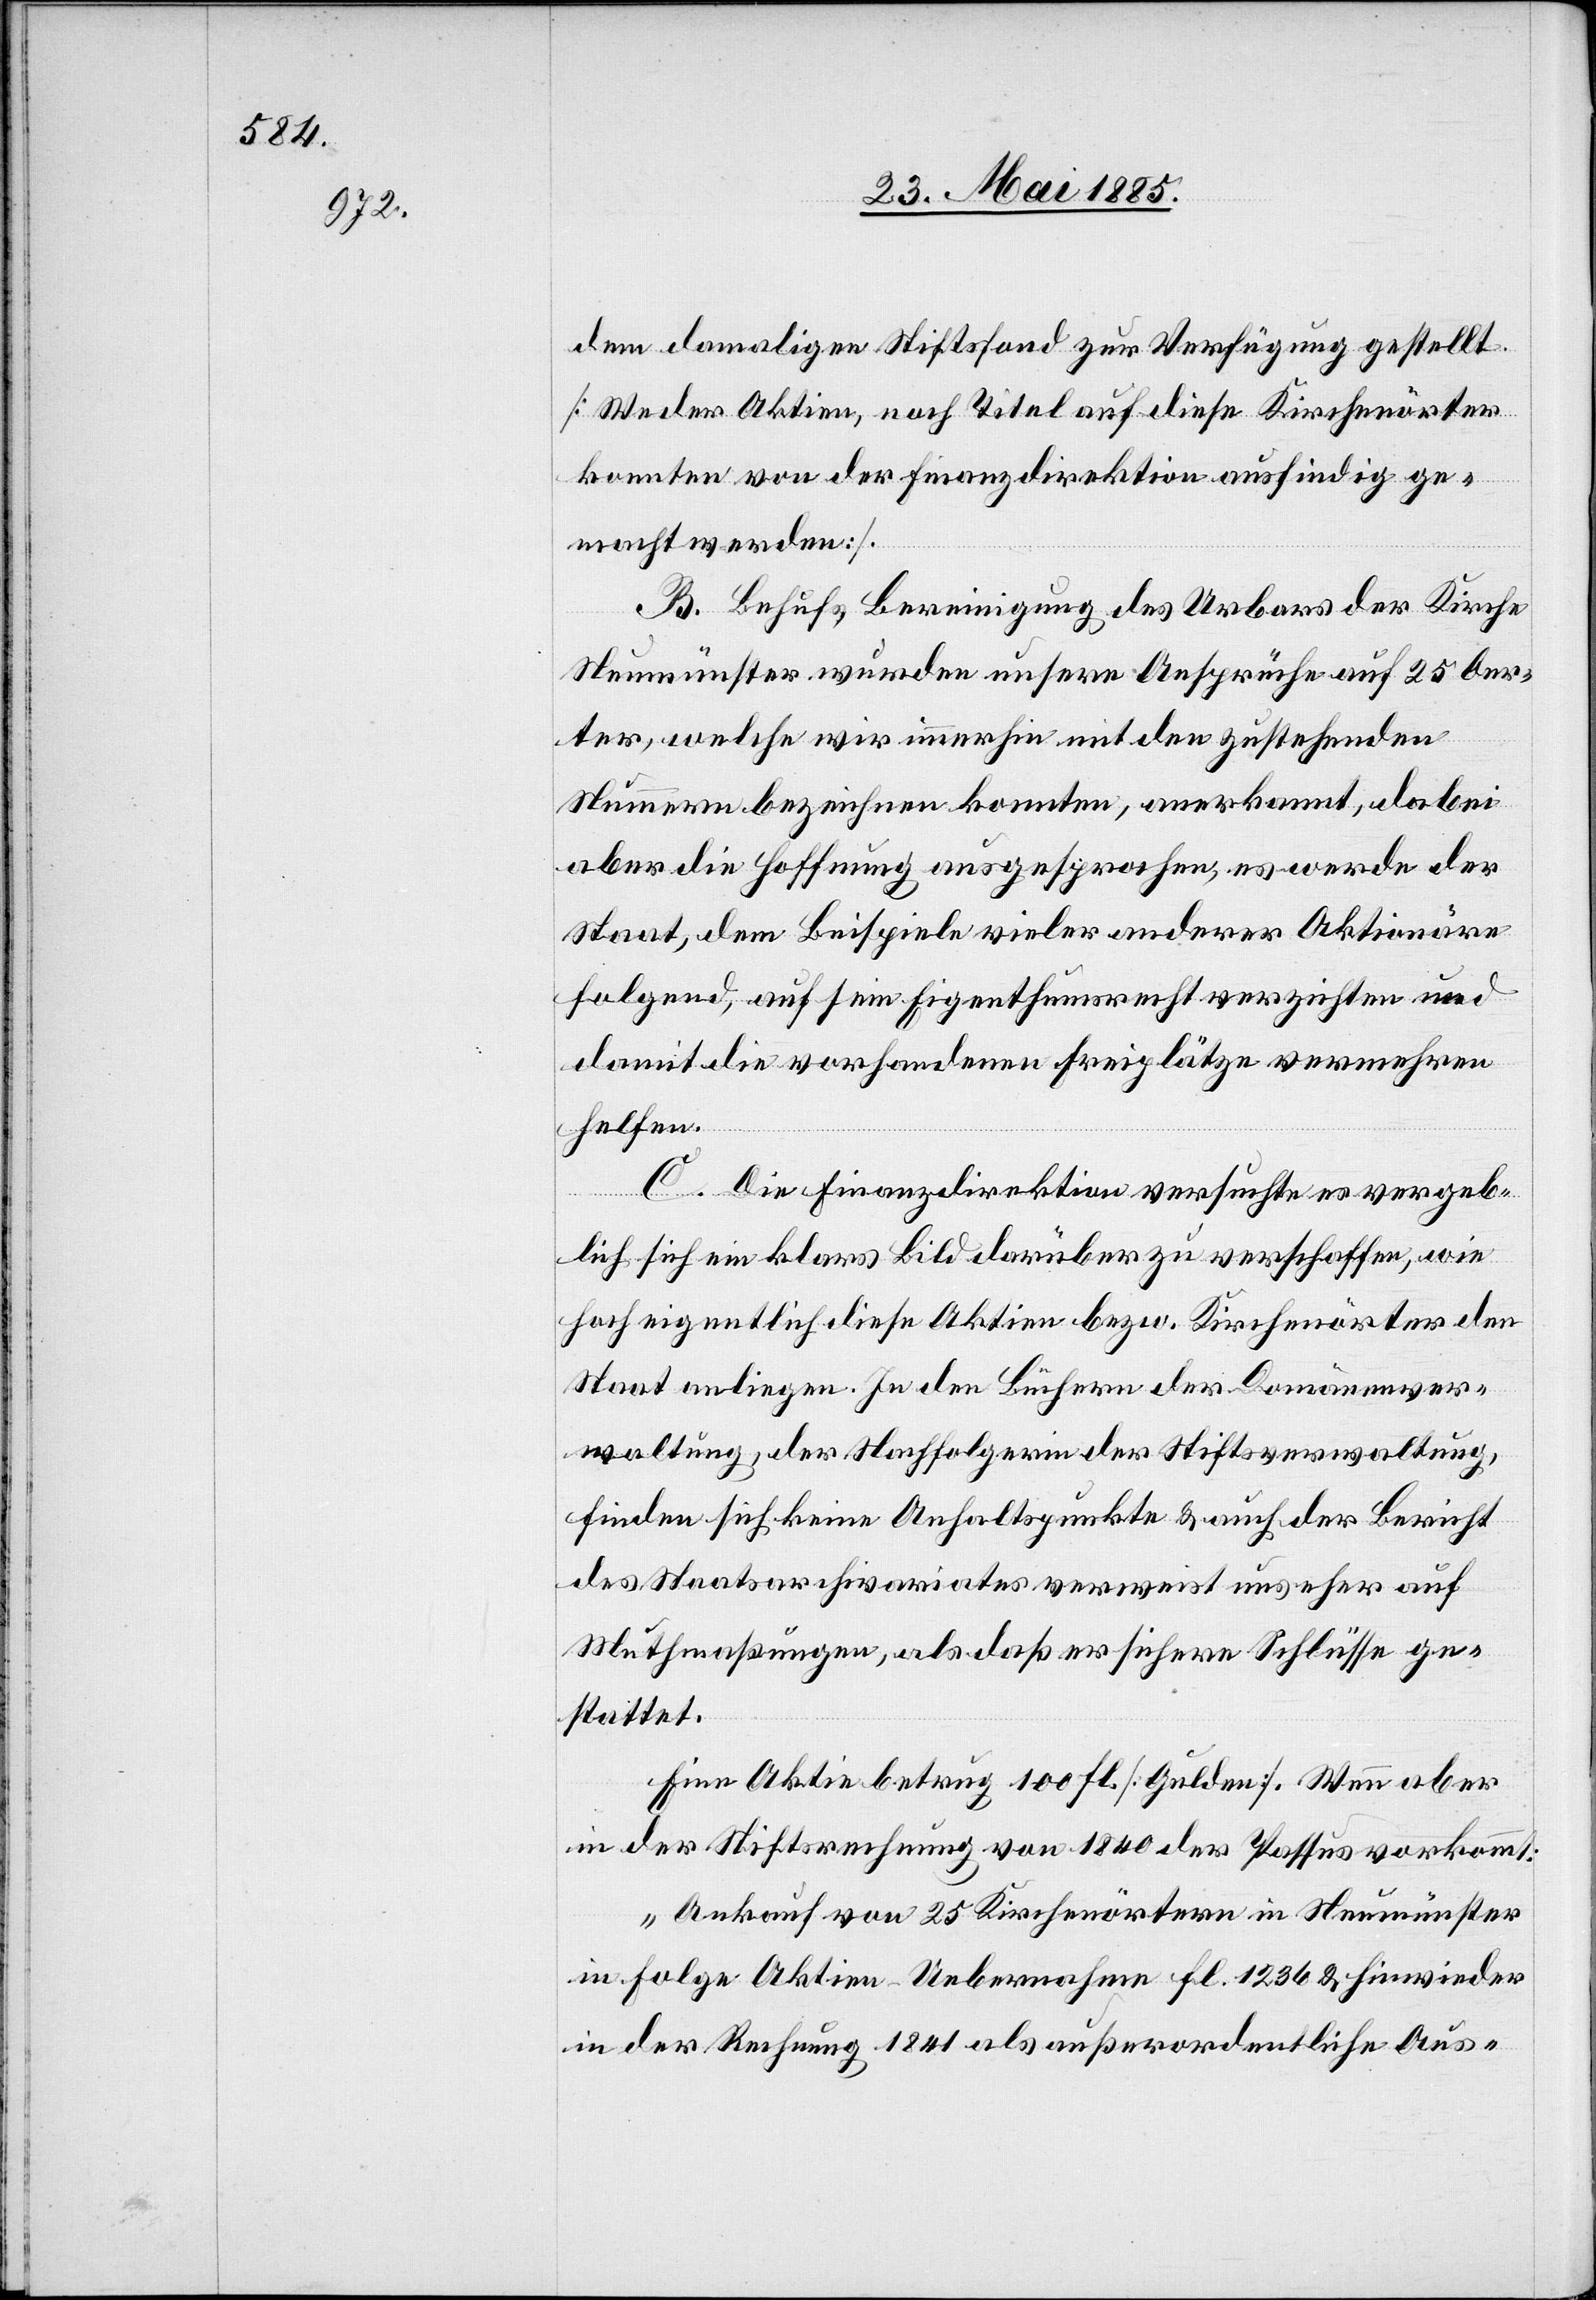
dem damaligen Stiftsfond zur Verfügung gestellt.
[Weder Aktien, noch Titel auf diese Kirchenörter
konnten von der Finanzdirektion ausfindig ge¬
macht werden].
B. Behufs Bereinigung des Urbaus der Kirche
Neumünster wurden unsere Ansprüche auf 25 Oer¬
ter, welche wir immerhin mit den zustehenden
Nummern bezeichnen konnten, anerkannt, dabei
aber die Hoffnung ausgesprochen, es werde der
Staat, dem Beispiele vieler anderer Aktionäre
folgend, auf sein Eigenthumsrecht verzichten und
damit die vorhandenen Freiplätze vermehren
helfen.
D. Die Finanzdirektion versuchte es vergeb¬
lich sich ein klares Bild darüber zu verschaffen, wie
hoch eigentlich diese Aktien bezw. Kirchenörter den
Staat anliegen. In den Büchern der Domänenver¬
waltung, der Nachfolgerin der Stiftsverwaltung,
finden sich keine Anhaltspunkte & auch der Bericht
des Staatsarchivariates verweist uns eher auf
Muthmaßungen, als daß er sichere Schlüsse ge¬
stattet.
Eine Aktie betrug 100 Fl. [Gulden]. Wenn aber
in der Stiftsrechnung von 1840 der Passus vorkommt:
„Ankauf von 25 Kirchenörtern in Neumünster
in Folge Aktien-Uebernahme Fl. 1236 & hie wieder
in der Rechnung 1841 als außerordentliche Aus-